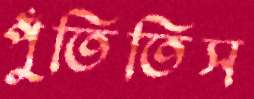
পুঁতিতিস